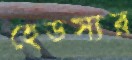
হেডস্যর